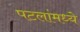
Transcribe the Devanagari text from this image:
पटलांमध्ये